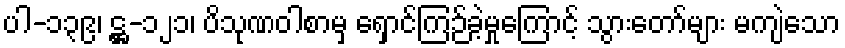
ပါ-၁၃၉၊ ဋ္ဌ-၁၂၁၊ ပိသုဏဝါစာမှ ရှောင်ကြဉ်ခဲ့မှုကြောင့် သွားတော်များ မကျဲသော